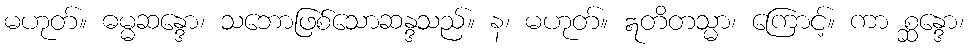
မဟုတ်။ ဓမ္မဆန္ဒော၊ သဘောဖြစ်သောဆန္ဒသည်။ န၊ မဟုတ်။ ဣတိတသ္မာ၊ ကြောင့်။ ကာ စ္ဆန္ဒော၊